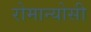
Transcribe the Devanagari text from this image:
रोमान्योसी